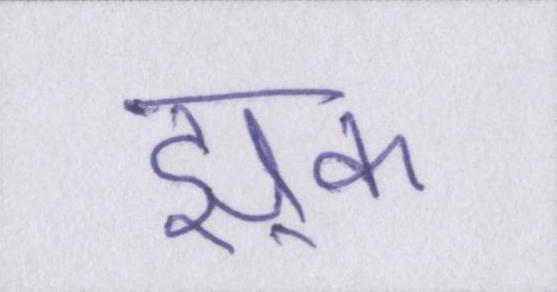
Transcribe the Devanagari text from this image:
झुक